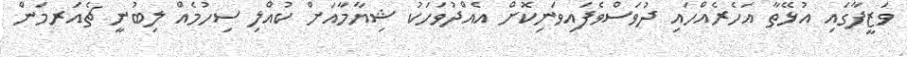
ވަޒީފާގައި އުޅޭތާ އަހެރެއްހައި ދުވަސްވެފައިވަނިކޮށް އެއްދުވަހަކު ޝިޔާމާއަށް ކުއްލި ސިހުމެއް ލިބުނީ ޗެއަރމަން